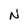
Character: N